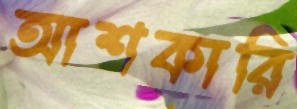
আশকারি